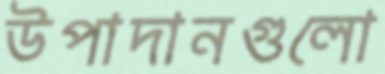
উপাদানগুলো